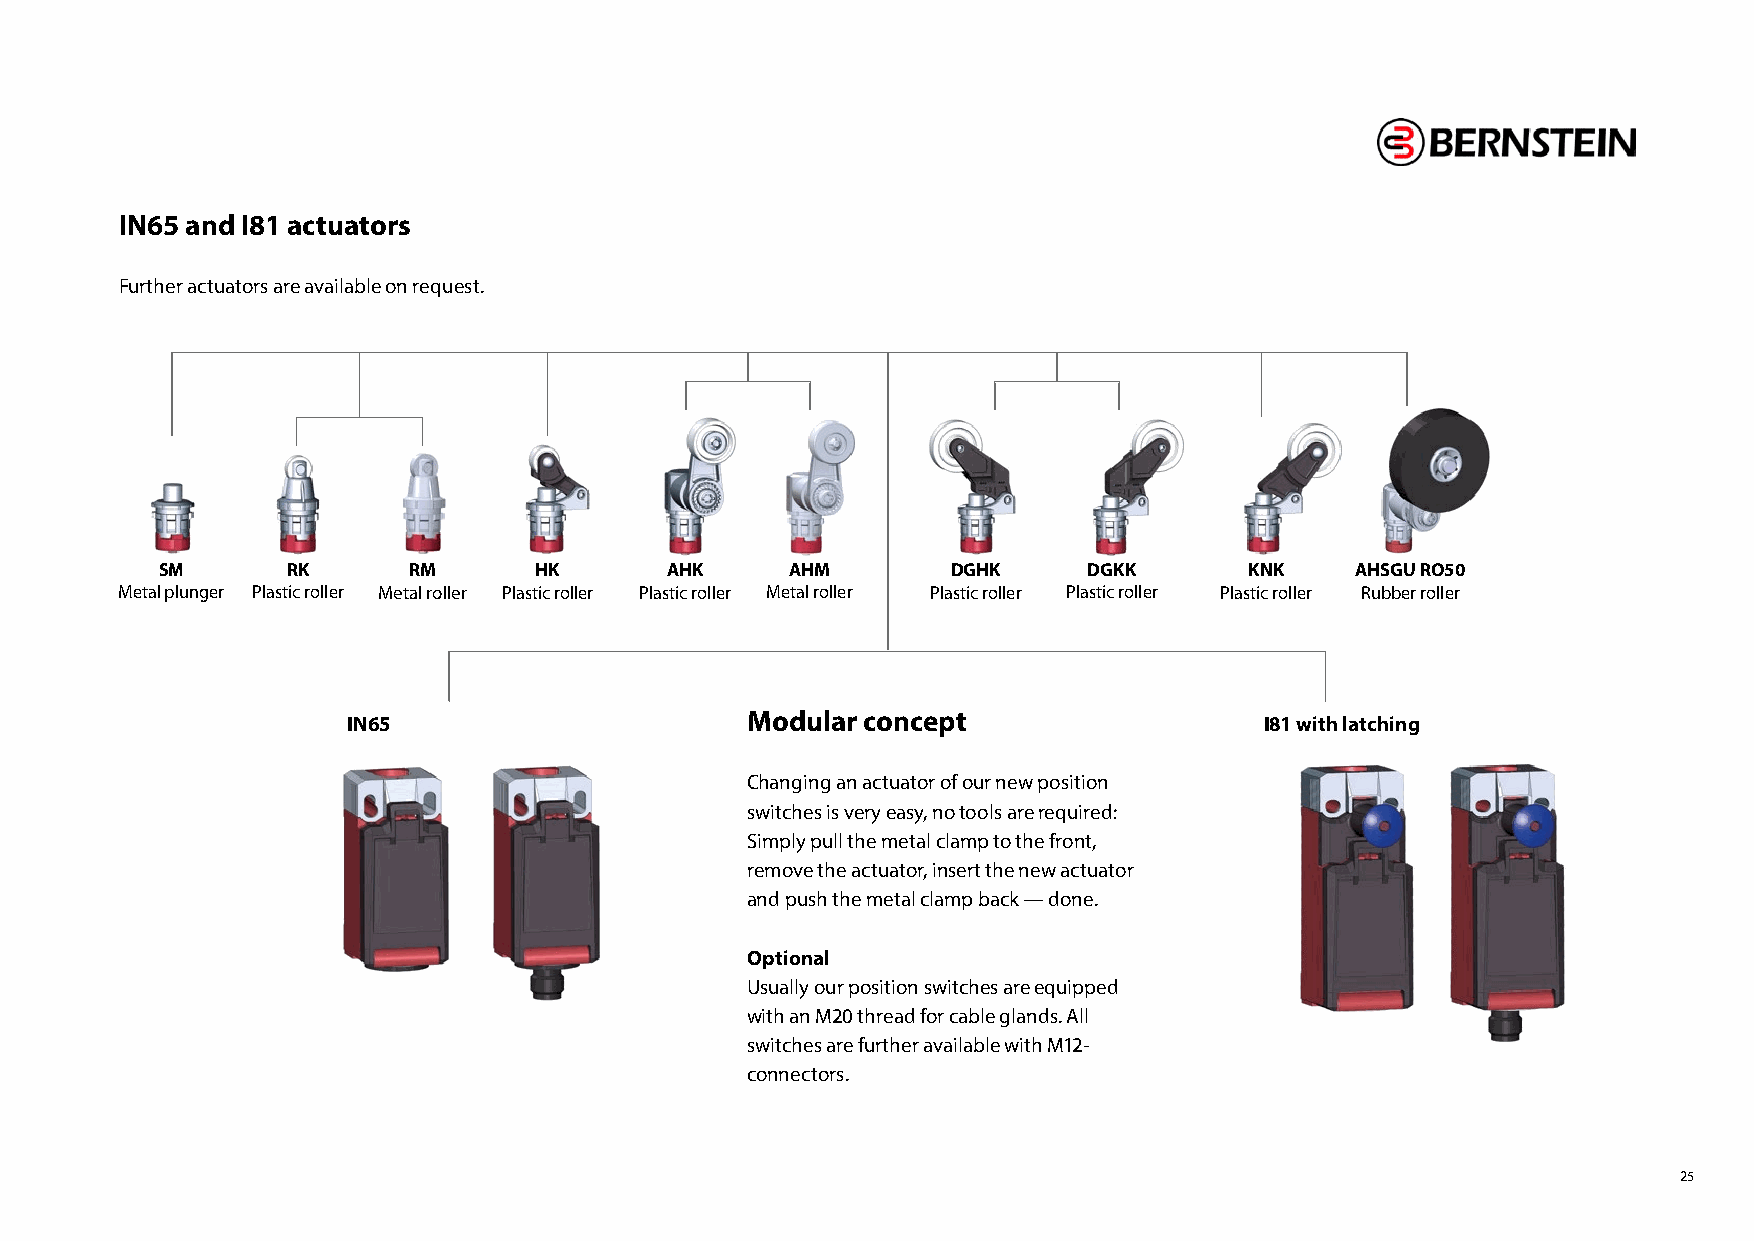
IN65 and I81 actuators
 Further actuators are available on request.
 SM      RK      RM      HK       AHK     AHM        DGHK     DGKK       KNK    AHSGU RO50
 Metal plunger Plastic roller Metal roller Plastic roller Plastic roller Metal roller Plastic roller Plastic roller Plastic roller Rubber roller
 IN65                      Modular concept                    I81 with latching
 Changing an actuator of our new position
 switches is very easy, no tools are required:
 Simply pull the metal clamp to the front,
 remove the actuator, insert the new actuator
 and push the metal clamp back — done.
 Optional
 Usually our position switches are equipped
 with an M20 thread for cable glands. All
 switches are further available with M12-
 connectors.
 25